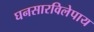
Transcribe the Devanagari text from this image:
घनसारविलेपाय